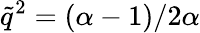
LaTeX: \tilde{q}^{2}=(\alpha-1)/2\alpha